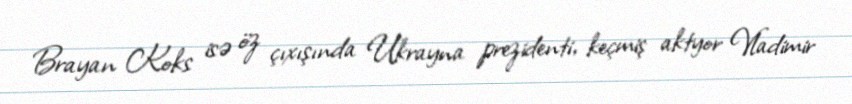
Brayan Koks isə öz çıxışında Ukrayna prezidenti, keçmiş aktyor Vladimir